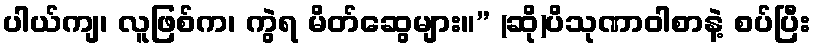
ပါယ်ကျ၊ လူဖြစ်က၊ ကွဲရ မိတ်ဆွေများ။” (ဆို)ပိသုဏာဝါစာနဲ့ စပ်ပြီး